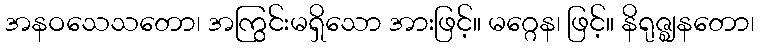
အနဝသေသတော၊ အကြွင်းမရှိသော အားဖြင့်။ မဂ္ဂေန၊ ဖြင့်။ နိရုဇ္ဈနတော၊